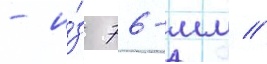
- и́з 76-мм //